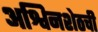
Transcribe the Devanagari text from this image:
अश्विनशेठची